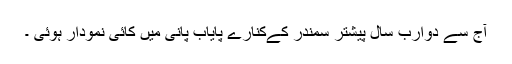
آج سے دوارب سال پیشتر سمندر کےکنارے پایاب پانی میں کائی نمودار ہوئی ۔